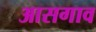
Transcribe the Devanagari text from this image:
आसगाव